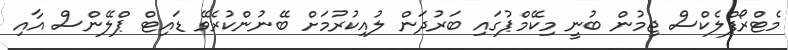
މެޓްރޯފްލެކްސް ޖިމުން ބުނީ މިކޭމްޕުގައި ބަރުދަން ލުއިކުރުމަށް ބޭނުންކުރެވޭ ޑައިޓް ޕްލޭންސް އާއި